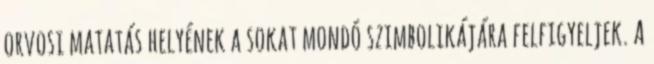
orvosi matatás helyének a sokat mondó szimbolikájára felfigyeljek. A